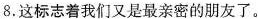
8.这标志着我们又是最亲密的朋友了。